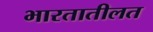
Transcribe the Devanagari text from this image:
भारतातीलत